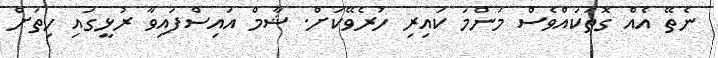
ނެތޭ އެއް ގޮތަކައްވެސް މަންމަ ކައިރި ހުރެވޭކަށް. ޝާމް އައިސްފައިވާ ރުޅީގައި ހިތަށް